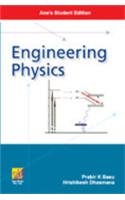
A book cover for Engineering Physics; Hrishikesh Dhasmana; Science & Math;